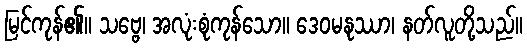
မြင်ကုန်၏။ သဗ္ဗေ၊ အလုံးစုံကုန်သော။ ဒေဝမနုဿာ၊ နတ်လူတို့သည်။